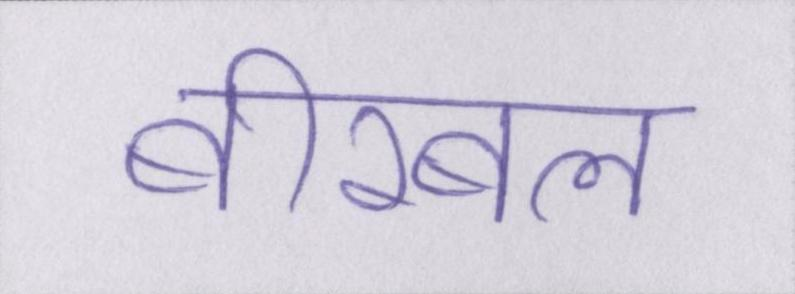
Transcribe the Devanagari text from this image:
बीरबल